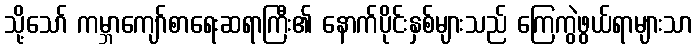
သို့သော် ကမ္ဘာကျော်စာရေးဆရာကြီး၏ နောက်ပိုင်းနှစ်များသည် ကြေကွဲဖွယ်ရာများသာ